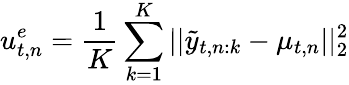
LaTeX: u_{t,n}^{e}=\frac{1}{K}\sum_{k=1}^{K}||{\tilde{y}_{t,n:k}-\mu_{t,n}}||_{2}^{2}